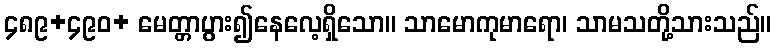
၄၈၉+၄၉၀+ မေတ္တာပွား၍နေလေ့ရှိသော။ သာမောကုမာရော၊ သာမသတို့သားသည်။